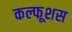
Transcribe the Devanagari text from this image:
कल्फूशस